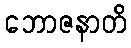
ဘောဇနာတိ